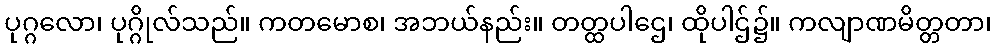
ပုဂ္ဂလော၊ ပုဂ္ဂိုလ်သည်။ ကတမောစ၊ အဘယ်နည်း။ တတ္ထပါဌေ၊ ထိုပါဌ်၌။ ကလျာဏမိတ္တတာ၊